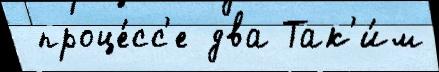
 проце́сс'е два Так'и́м